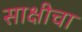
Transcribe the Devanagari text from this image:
साक्षीचा